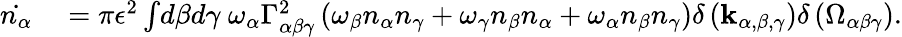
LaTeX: \begin{array}{rl}{\dot{n_{\alpha}}}&{{}=\pi\epsilon^{2}\int\! d\beta d\gamma\ \omega_{\alpha}\Gamma_{\alpha\beta\gamma}^{2}\left(\omega_{\beta}n_{\alpha}n_{\gamma}+\omega_{\gamma}n_{\beta}n_{\alpha}+\omega_{\alpha}n_{\beta}n_{\gamma}\right)\delta\left(\mathbf{k}_{\alpha,\beta,\gamma}\right)\delta\left(\Omega_{\alpha\beta\gamma}\right).}\end{array}